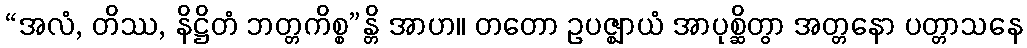
“အလံ, တိဿ, နိဋ္ဌိတံ ဘတ္တကိစ္စ”န္တိ အာဟ။ တတော ဥပဇ္ဈာယံ အာပုစ္ဆိတွာ အတ္တနော ပတ္တာသနေ